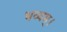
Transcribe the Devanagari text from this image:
भव्यम्।